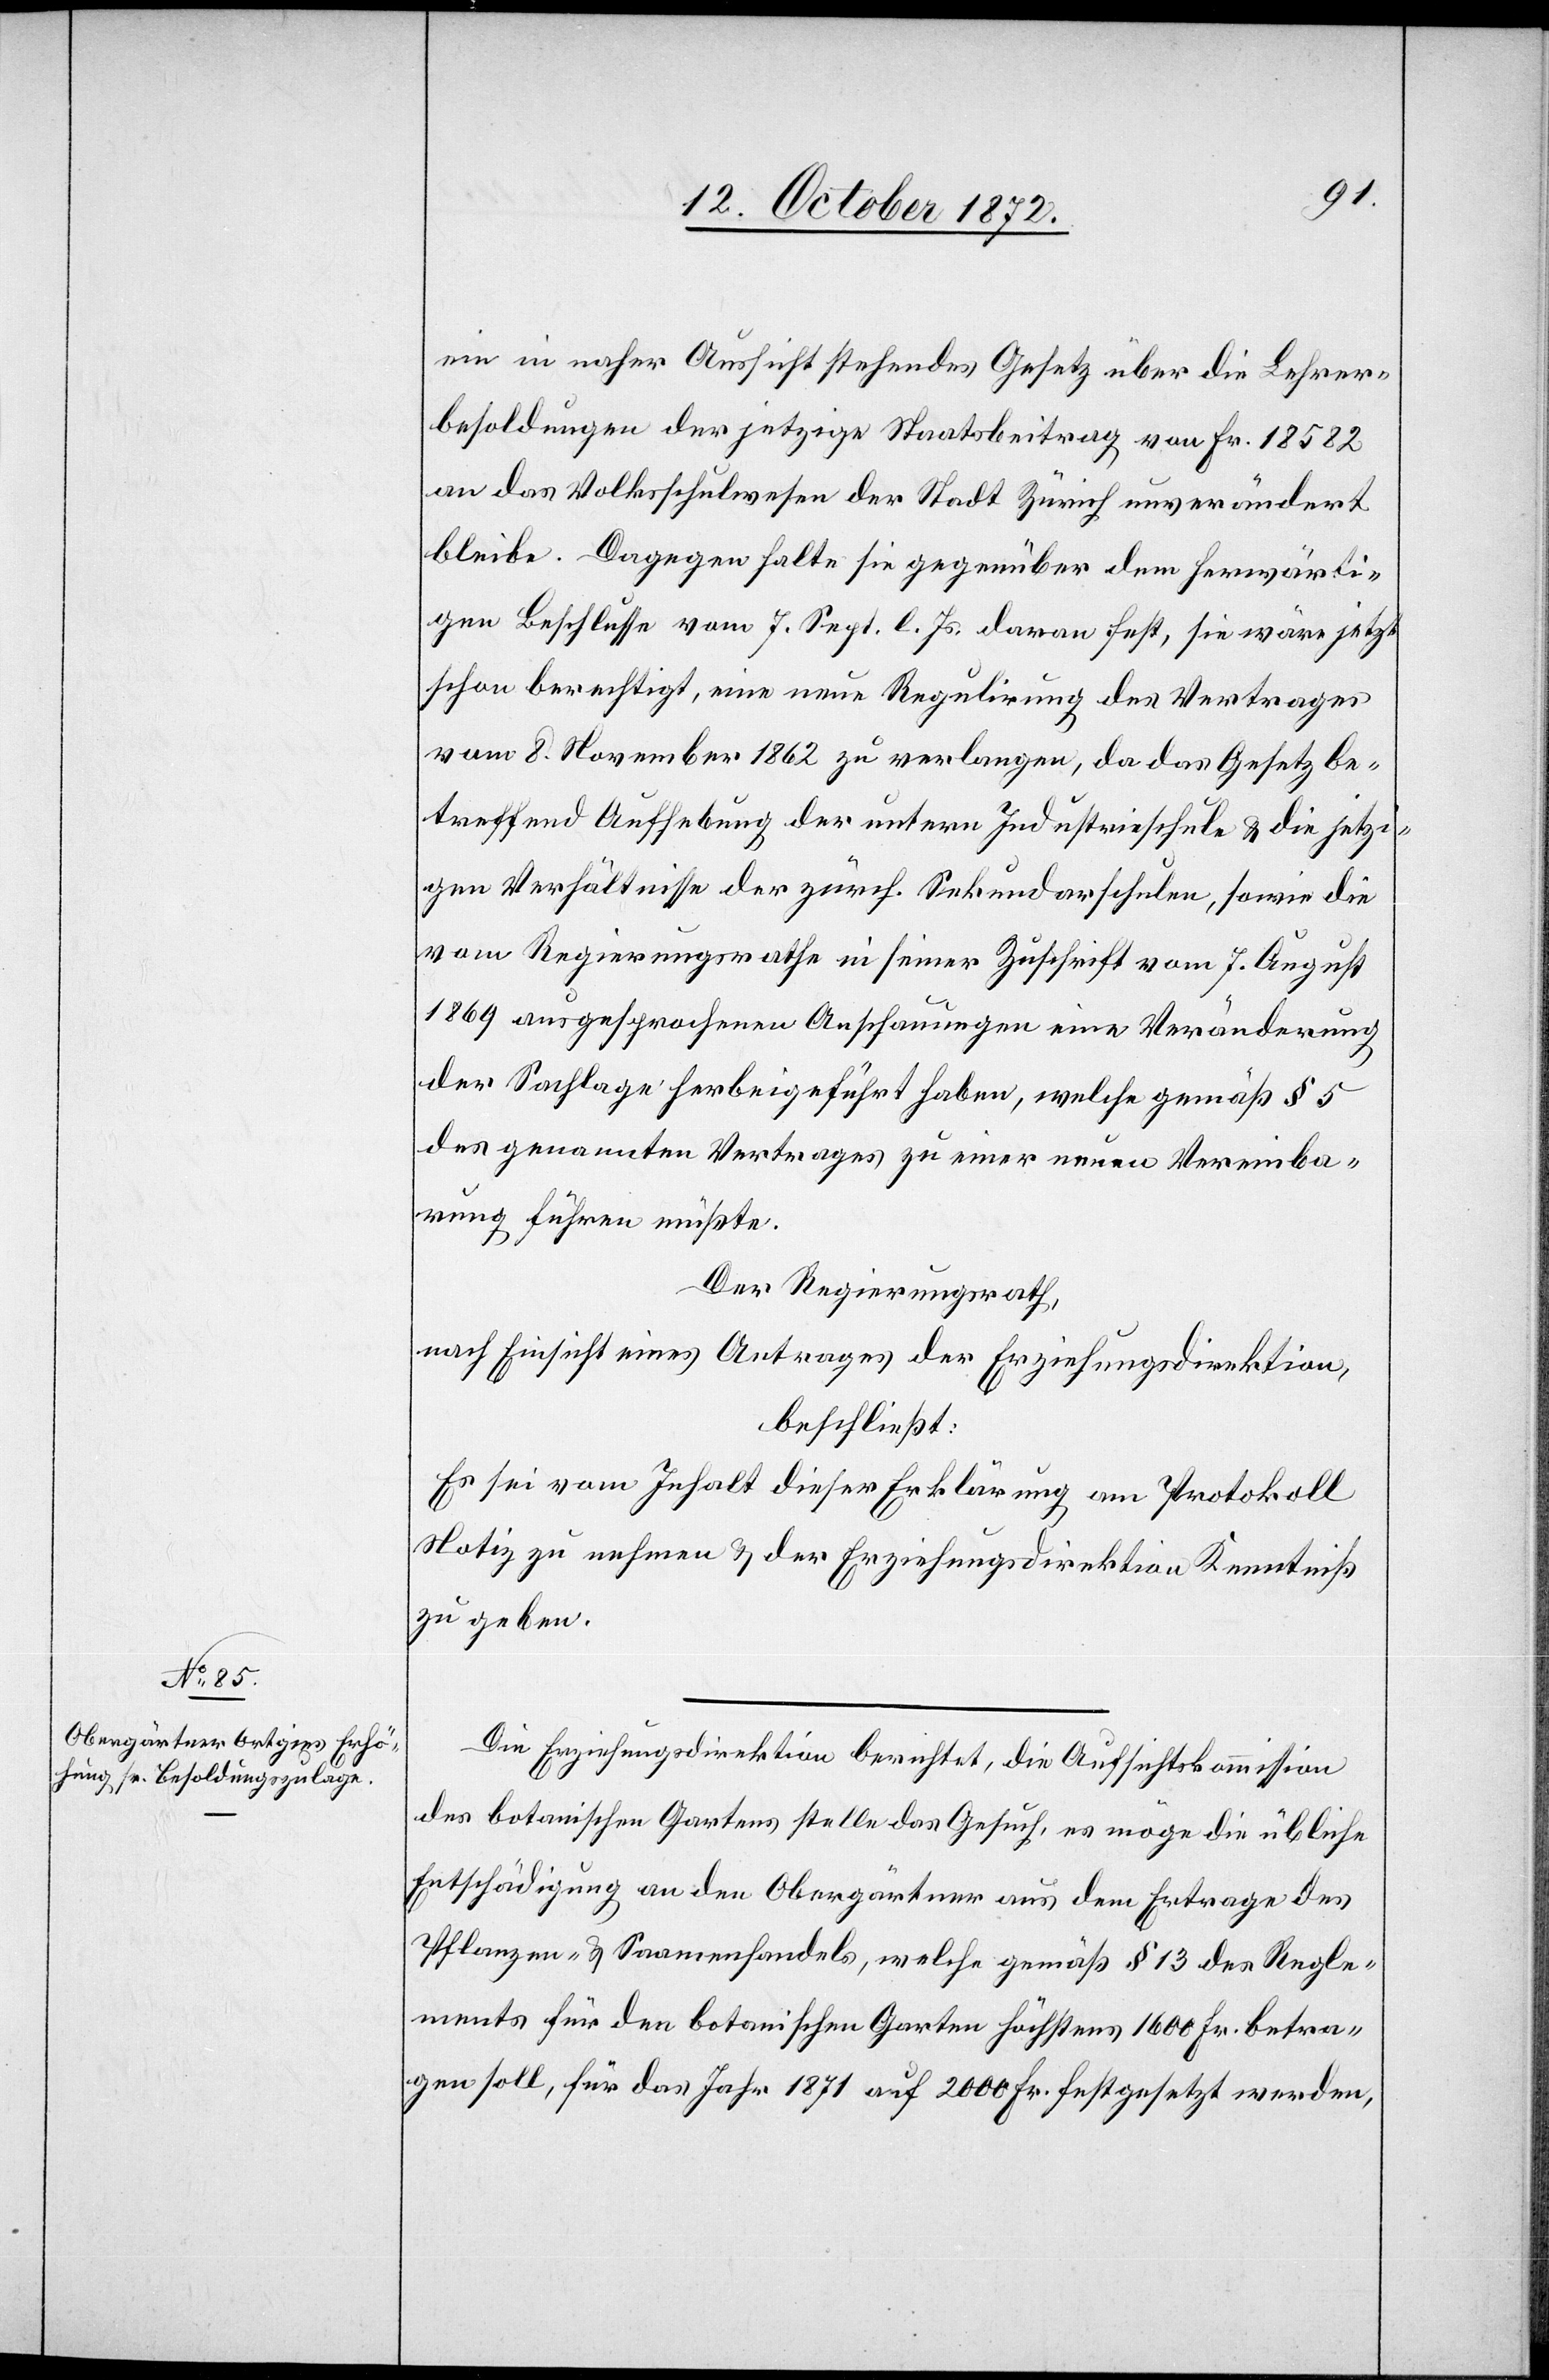
ein in naher Aussicht stehendes Gesetz über die Lehrer¬
besoldungen der jetzige Staatsbeitrag von Fr. 18 582
an das Volksschulwesen der Stadt Zürich unverändert
bleibe. Dagegen halte sie gegenüber dem herwärti¬
gen Beschlusse vom 7. Sept. l. Js. daran fest, sie wäre jetzt
schon berechtigt, eine neue Regulirung des Vertrages
vom 8. November 1862 zu verlangen, da das Gesetz be¬
treffend Aufhebung der untern Industrieschule u. die jetzi¬
gen Verhältnisse der zürch. Sekundarschule, sowie die
vom Regierungsrathe in seiner Zuschrift vom 7. August
1869 ausgesprochenen Anschauungen eine Veränderung
der Sachlage herbeigeführt haben, welche gemäß § 5
des genannten Vertrages zu einer neuen Vereinba¬
rung führen müßte.
Der Regierungsrath,
nach Einsicht eines Antrages der Erziehungsdirektion,
beschließt:
Es sei vom Inhalt dieser Erklärung am Protokoll
Notiz zu nehmen u. der Erziehungsdirektion Kenntniß
zu geben.
Die Erziehungsdirektion berichtet, die Aufsichtskommission
des botanischen Gartens stelle das Gesuch, es möge die übliche
Entschädigung an den Obergärtner aus dem Ertrage des
Pflanzen- u. Saamenhandels, welche gemäß § 13 des Regle¬
ments für den botanischen Garten höchstens 1600 Fr. betra¬
gen soll, für das Jahr 1871 auf 2000 Fr. festgesetzt werden,